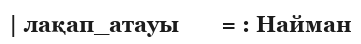
| лақап_атауы       = : Найман